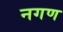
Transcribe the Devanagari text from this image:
नगण